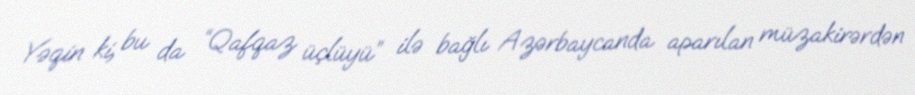
Yəqin ki, bu da “Qafqaz üçlüyü” ilə bağlı Azərbaycanda aparılan müzakirərdən